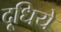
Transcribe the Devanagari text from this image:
दूधिये